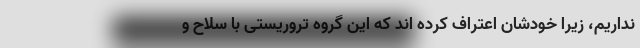
نداریم، زیرا خودشان اعتراف کرده اند که این گروه تروریستی با سلاح و